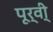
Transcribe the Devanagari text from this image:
पूर्वी्